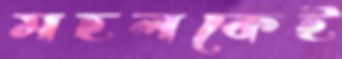
মহলকেই